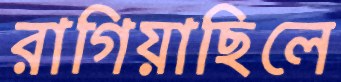
রাগিয়াছিলে